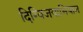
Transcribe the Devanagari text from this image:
दिग्विजयाभियान